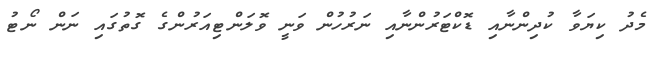
މެދު ކިޔަވާ ކުދިންނާއި ޑޮކްޓަރުންނާއި ނަރުހުން ވަނީ ވޮލަންޓިއަރުންގެ ގޮތުގައި ނަން ނޯޓު